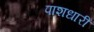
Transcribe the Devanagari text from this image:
पाशधारी